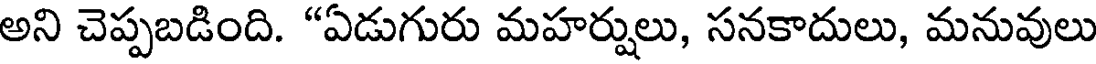
అని చెప్పబడింది. "ఏడుగురు మహర్షులు, సనకాదులు, మనువులు